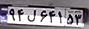
۹۴ل۶۴۱۵۳